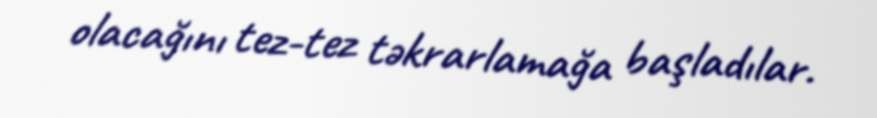
olacağını tez-tez təkrarlamağa başladılar.